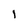
Character: I